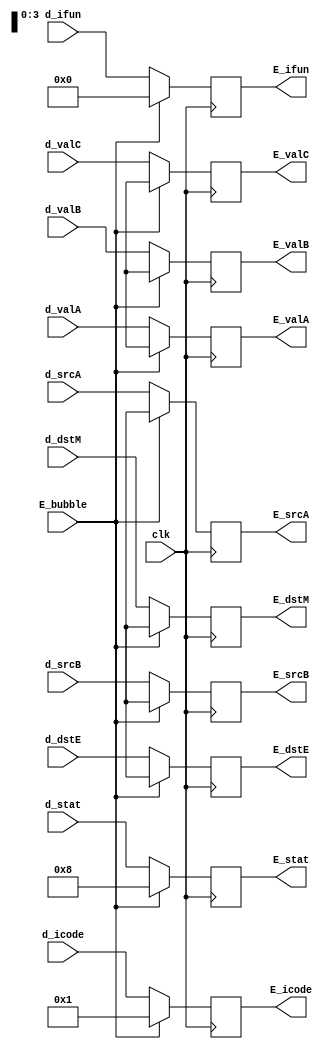
module E_reg(d_stat, d_icode, d_ifun, d_srcA, d_srcB, clk, d_valC, d_valA, d_valB, d_dstE, d_dstM, E_bubble, E_stat, E_icode, E_ifun, E_srcA, E_srcB,  E_valC, E_valA, E_valB, E_dstE, E_dstM);

input clk, E_bubble;
input [3:0] d_stat, d_icode, d_ifun, d_srcA, d_srcB, d_dstE, d_dstM;
input [63:0]  d_valC, d_valA, d_valB;
output reg [3:0] E_stat, E_icode, E_ifun, E_srcA, E_srcB, E_dstE, E_dstM;
output reg [63:0]  E_valC, E_valA, E_valB;

reg [3:0] stat, icode, ifun, srcA, srcB, dstE, dstM;
reg [63:0] valC, valA, valB;

initial begin 
    E_stat = 8;
end

always@(*)
begin
    stat = d_stat;
    icode = d_icode;
    ifun = d_ifun;
    srcA = d_srcA;
    srcB = d_srcB;
    valC = d_valC;
    valA = d_valA;
    valB = d_valB;
    dstE = d_dstE;
    dstM = d_dstM;
end

always@(posedge clk)
begin
    if (!E_bubble) begin 
        E_stat <= stat;
        E_icode <= icode;
        E_ifun <= ifun;
        E_srcA <= srcA;
        E_srcB <= srcB;
        E_valC <=valC;
        E_valA <= valA;
        E_valB <= valB;
        E_dstE <= dstE;
        E_dstM <= dstM;
    end
    else begin 
        E_stat <= 4'b1000;
        E_icode <= 4'b0001;
        E_ifun <= 4'b0000;
        E_srcA <= 4'bx;
        E_srcB <= 4'bx;
        E_valC <= 64'bx;
        E_valA <= 64'bx;
        E_valB <= 64'bx;
        E_dstE <= 4'bx;
        E_dstM <= 4'bx;
    end
end


endmodule